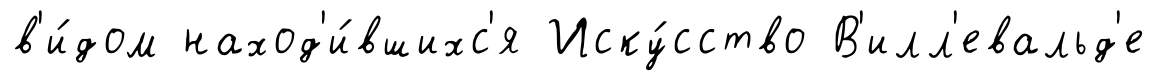
в'и́дом наход'и́вшихс'я Иску́сство В'илл'евальд'е